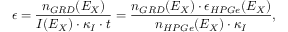
\epsilon = \frac { n _ { G R D } ( E _ { X } ) } { I ( E _ { X } ) \cdot \kappa _ { I } \cdot t } = \frac { n _ { G R D } ( E _ { X } ) \cdot \epsilon _ { H P G e } ( E _ { X } ) } { n _ { H P G e } ( E _ { X } ) \cdot \kappa _ { I } } ,